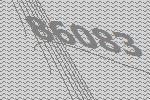
86083